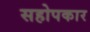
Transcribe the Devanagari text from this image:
सहोपकार